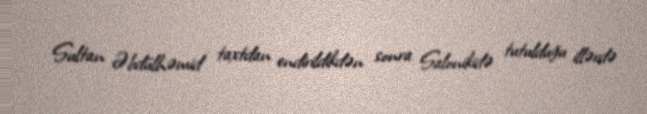
Sultan Əbdülhəmid taxtdan endirildikdən sonra Salonikidə tutulduğu illərdə